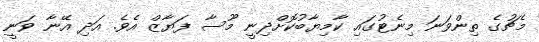
މެޗުގެ ތިންވަނަ މިނެޓުގައި ކާމިޔާބުކޮށްދިނީ މޫސާ ފަޔާޒް އެވެ. އަދި އޭނާ ވަނީ